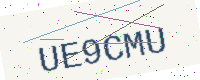
Text: UE9CMU